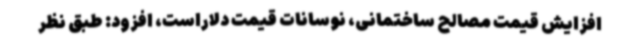
افزایش قیمت مصالح ساختمانی، نوسانات قیمت دلاراست، افزود: طبق نظر